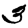
Digit: 3